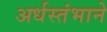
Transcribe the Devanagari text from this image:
अर्धस्तंभाने